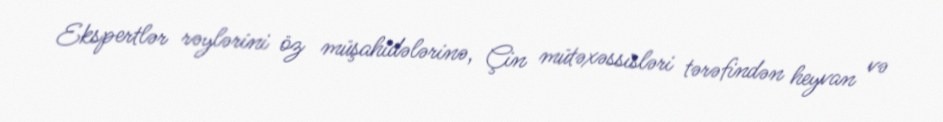
Ekspertlər rəylərini öz müşahidələrinə, Çin mütəxəssisləri tərəfindən heyvan və